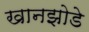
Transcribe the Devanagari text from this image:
खानझोडे